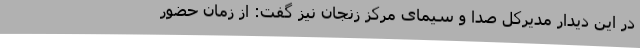
در این دیدار مدیرکل صدا و سیمای مرکز زنجان نیز گفت: از زمان حضور